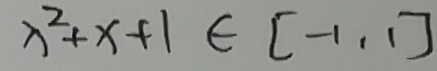
x ^ { 2 } + x + 1 \in [ - 1 , 1 ]